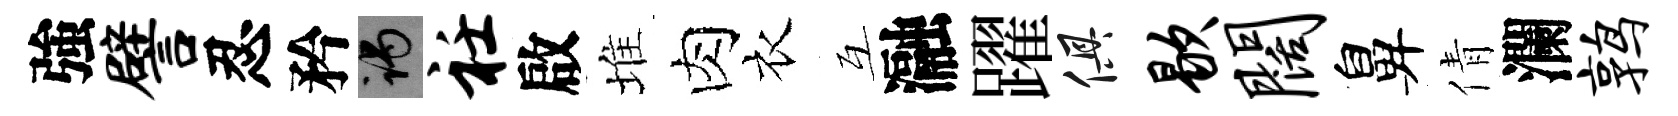
強譬忍矜谒衽啟堆肉衣互瀜躍俱歇阔鼻倩瀾鹑